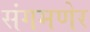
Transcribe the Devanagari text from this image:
संगमणेर